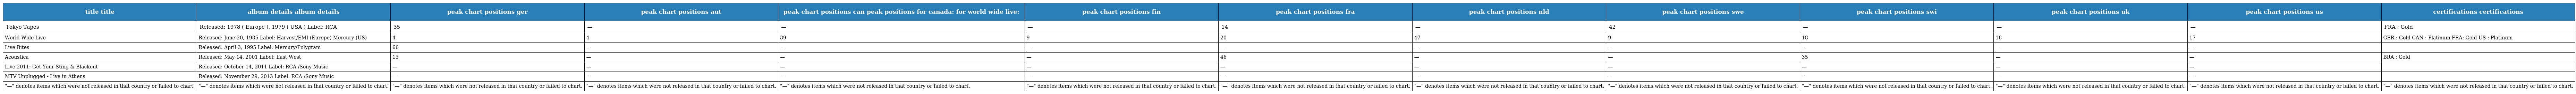
| title title | album details album details | peak chart positions ger | peak chart positions aut | peak chart positions can peak positions for canada: for world wide live: | peak chart positions fin | peak chart positions fra | peak chart positions nld | peak chart positions swe | peak chart positions swi | peak chart positions uk | peak chart positions us | certifications certifications |
 | --- | --- | --- | --- | --- | --- | --- | --- | --- | --- | --- | --- | --- |
 | Tokyo Tapes | Released: 1978 ( Europe ), 1979 ( USA ) Label: RCA | 35 | — | — | — | 14 | — | 42 | — | — | — | FRA : Gold |
 | World Wide Live | Released: June 20, 1985 Label: Harvest/EMI (Europe) Mercury (US) | 4 | 4 | 39 | 9 | 20 | 47 | 9 | 18 | 18 | 17 | GER : Gold CAN : Platinum FRA: Gold US : Platinum |
 | Live Bites | Released: April 3, 1995 Label: Mercury/Polygram | 66 | — | — | — | — | — | — | — | — | — |  |
 | Acoustica | Released: May 14, 2001 Label: East West | 13 | — | — | — | 46 | — | — | 35 | — | — | BRA : Gold |
 | Live 2011: Get Your Sting & Blackout | Released: October 14, 2011 Label: RCA /Sony Music | — | — | — | — | — | — | — | — | — | — |  |
 | MTV Unplugged - Live in Athens | Released: November 29, 2013 Label: RCA /Sony Music | — | — | — | — | — | — | — | — | — | — |  |
 | "—" denotes items which were not released in that country or failed to chart. | "—" denotes items which were not released in that country or failed to chart. | "—" denotes items which were not released in that country or failed to chart. | "—" denotes items which were not released in that country or failed to chart. | "—" denotes items which were not released in that country or failed to chart. | "—" denotes items which were not released in that country or failed to chart. | "—" denotes items which were not released in that country or failed to chart. | "—" denotes items which were not released in that country or failed to chart. | "—" denotes items which were not released in that country or failed to chart. | "—" denotes items which were not released in that country or failed to chart. | "—" denotes items which were not released in that country or failed to chart. | "—" denotes items which were not released in that country or failed to chart. | "—" denotes items which were not released in that country or failed to chart. |